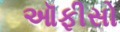
ઑફીસો